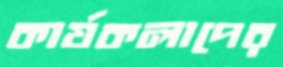
কার্যকলাপের